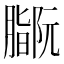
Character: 𫆻